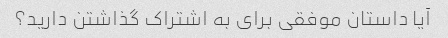
آیا داستان موفقی برای به اشتراک گذاشتن دارید؟